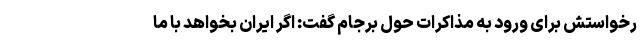
رخواستش برای ورود به مذاکرات حول برجام گفت: اگر ایران بخواهد با ما